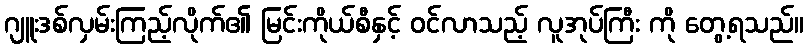
ဂျူးဒစ်လှမ်းကြည့်လိုက်၏ မြင်းကိုယ်စီနှင့် ဝင်လာသည့် လူအုပ်ကြီး ကို တွေ့ရသည်။